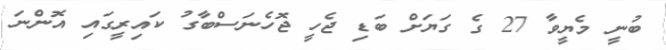
ބުނީ މެޔީވާ 27 ގެ ގަޔަށް ބަޑި ޖެހީ ޖޮހެނަސްބާގު ކައިރީގައި އޮންނަ